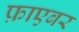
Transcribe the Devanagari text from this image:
फ़ाएबर